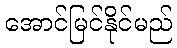
အောင်မြင်နိုင်မည်